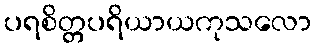
ပရစိတ္တပရိယာယကုသလော